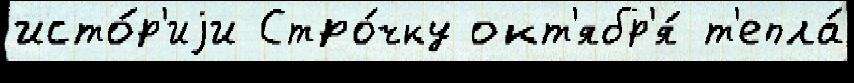
исто́р'иjи Стро́чку окт'ябр'я́ т'епла́